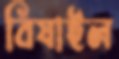
বিষাইল